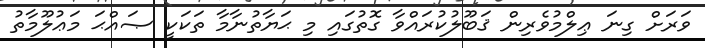
ވަރަށް ގިނަ ޢިލްމުވެރިން ޤަބޫލުކުރައްވާ ގޮތުގައި މި ޙަޔާތުނާމާ ތަކަކީ ޞައްޙަ މަޢުލޫމާތު